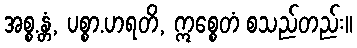
အစ္စ.န္တံ, ပစ္စာ.ဟရတိ, ဣစ္စေတံ စသည်တည်း။